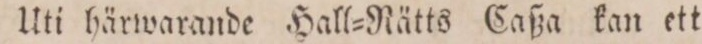
Uti härwarande Hall=Nätts Caßa kan ett